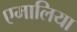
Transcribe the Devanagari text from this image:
एमालिया